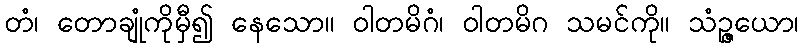
တံ၊ တောချုံကိုမှီ၍ နေသော။ ဝါတမိဂံ၊ ဝါတမိဂ သမင်ကို။ သံဉ္ဇယော၊